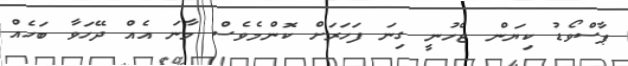
ޕާސްވޯޑު ކިޔަން ޖެހުނީ ގިނަ ފަހަރަށް ކޮންމެވެސް މާނަ އެއް ދޭހަވާ ބަހެއް